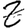
Digit: 2